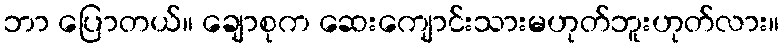
ဘာ ပြောတယ်။ ချောစုက ဆေးကျောင်းသားမဟုတ်ဘူးဟုတ်လား။